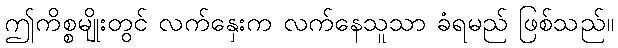
ဤကိစ္စမျိုးတွင် လက်နှေးက လက်နေသူသာ ခံရမည် ဖြစ်သည်။